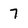
Character: 7